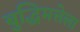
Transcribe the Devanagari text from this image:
बुद्धिमत्तेला